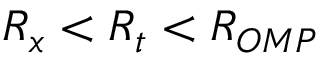
R _ { x } < R _ { t } < R _ { O M P }